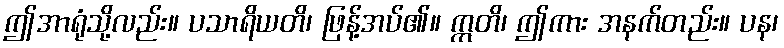
ဤအာရုံသို့လည်း။ ပသာရိယတိ၊ ဖြန့်အပ်၏။ ဣတိ၊ ဤကား အနက်တည်း။ ပန၊